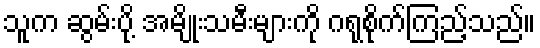
သူက ဆွမ်းပို့ အမျိုးသမီးများကို ဂရုစိုက်ကြည့်သည်။